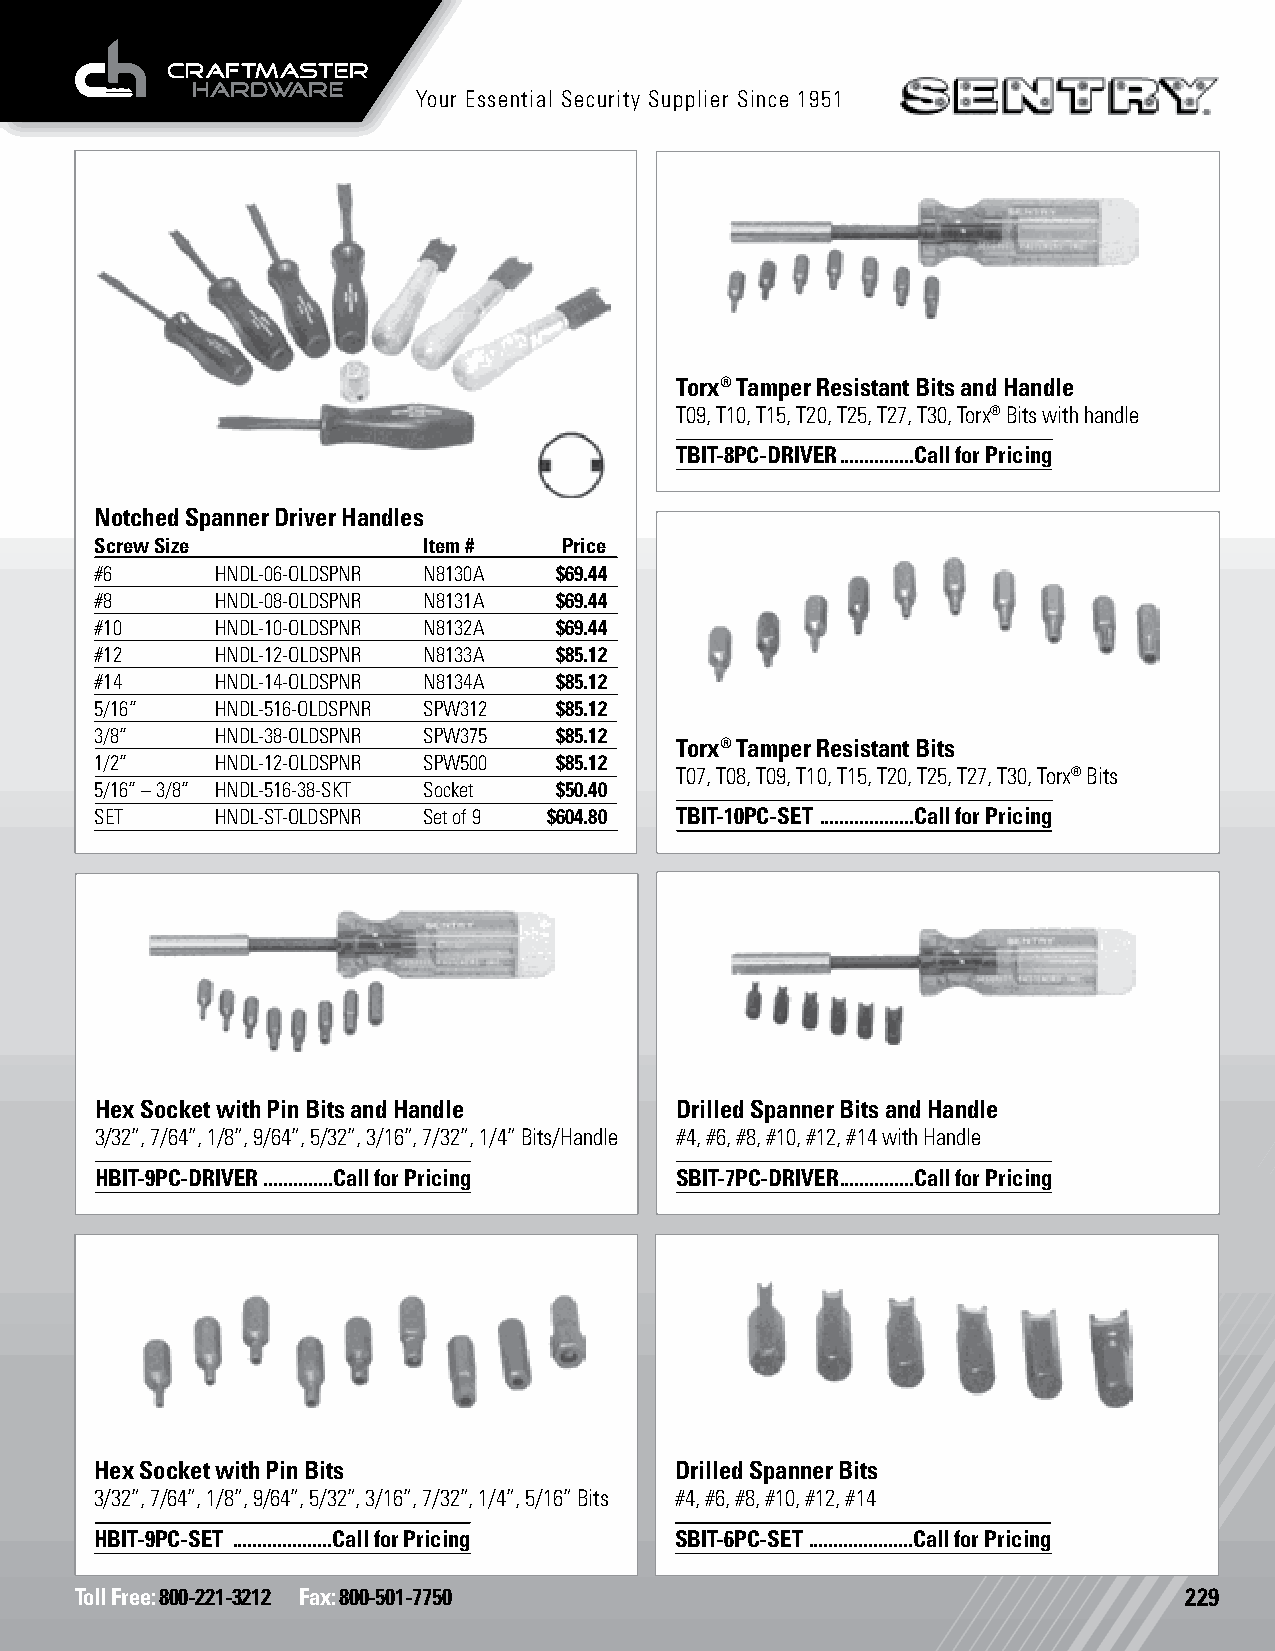
Your Essential Security Supplier Since 1951
 Torx® Tamper Resistant Bits and Handle
 T09, T10, T15, T20, T25, T27, T30, Torx® Bits with handle
 TBIT-8PC-DRIVER ...............Call for Pricing
 Notched Spanner Driver Handles
 Screw Size            Item #   Price
 #6      HNDL-06-OLDSPNR N8130A $69.44
 #8      HNDL-08-OLDSPNR N8131A $69.44
 #10     HNDL-10-OLDSPNR N8132A $69.44
 #12     HNDL-12-OLDSPNR N8133A $85.12
 #14     HNDL-14-OLDSPNR N8134A $85.12
 5/16”   HNDL-516-OLDSPNR SPW312 $85.12
 3/8”    HNDL-38-OLDSPNR SPW375 $85.12
 Torx® Tamper Resistant Bits
 1/2”    HNDL-12-OLDSPNR SPW500 $85.12
 T07, T08, T09, T10, T15, T20, T25, T27, T30, Torx® Bits
 5/16” – 3/8” HNDL-516-38-SKT Socket $50.40
 SET     HNDL-ST-OLDSPNR Set of 9 $604.80 TBIT-10PC-SET ...................Call for Pricing
 Hex Socket with Pin Bits and Handle    Drilled Spanner Bits and Handle
 3/32”, 7/64”, 1/8”, 9/64”, 5/32”, 3/16”, 7/32”, 1/4” Bits/Handle #4, #6, #8, #10, #12, #14 with Handle
 HBIT-9PC-DRIVER ..............Call for Pricing SBIT-7PC-DRIVER ...............Call for Pricing
 Hex Socket with Pin Bits               Drilled Spanner Bits
 3/32”, 7/64”, 1/8”, 9/64”, 5/32”, 3/16”, 7/32”, 1/4”, 5/16” Bits #4, #6, #8, #10, #12, #14
 HBIT-9PC-SET ....................Call for Pricing SBIT-6PC-SET .....................Call for Pricing
 Toll Free: 800-221-3212 Fax: 800-501-7750                                229